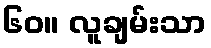
၆၀။ လူချမ်းသာ